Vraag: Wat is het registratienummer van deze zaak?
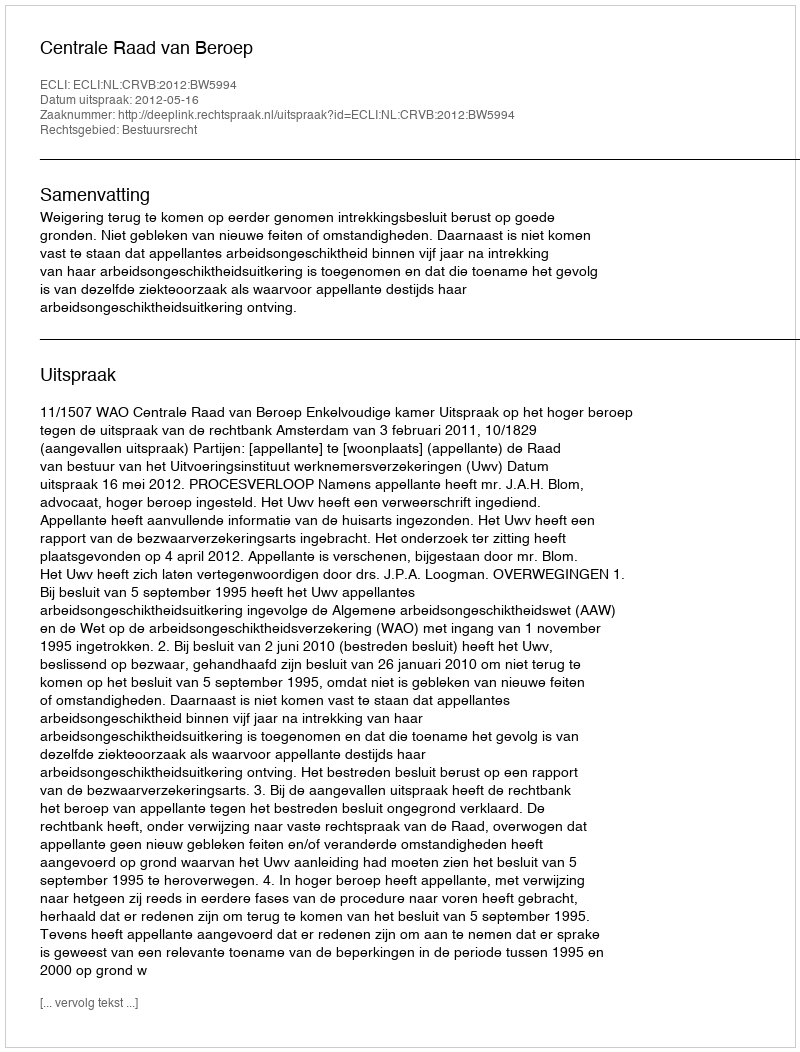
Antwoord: http://deeplink.rechtspraak.nl/uitspraak?id=ECLI:NL:CRVB:2012:BW5994